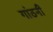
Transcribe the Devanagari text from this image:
गांठनी